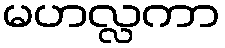
မဟလ္လကာ